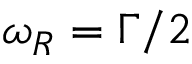
\omega _ { R } = \Gamma / 2